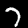
Digit: 7